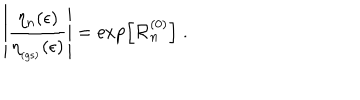
\left| \frac { \eta _ { n } ( \epsilon ) } { \eta _ { _ \mathrm { ( g s ) } } ( \epsilon ) } \right| = \exp \left[ { \mathcal R } _ { n } ^ { ( 0 ) } \right] \; .